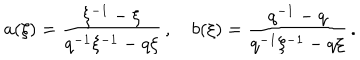
a ( \xi ) = \frac { \xi ^ { - 1 } - \xi } { q ^ { - 1 } \xi ^ { - 1 } - q \xi } \, , \quad b ( \xi ) = \frac { q ^ { - 1 } - q } { q ^ { - 1 } \xi ^ { - 1 } - q \xi } \, .